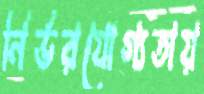
নির্ভরযোগ্যতায়